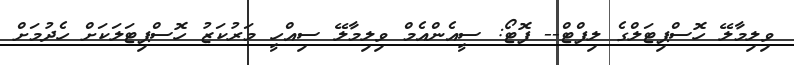
ވިލިމާލޭ ހޮސްޕިޓަލްގެ ލިފްޓް-- ފޮޓޯ: ސީއެންއެމް ވިލިމާލޭ ސިއްހީ މަރުކަޒު ހޮސްޕިޓަލަކަށް ހެދުމަށް